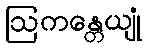
ဩကန္တေယျုံ